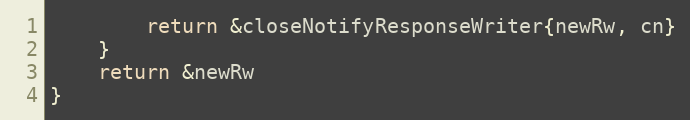
Language: Go
		return &closeNotifyResponseWriter{newRw, cn}
	}
	return &newRw
}